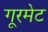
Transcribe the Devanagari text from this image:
गूरमेट